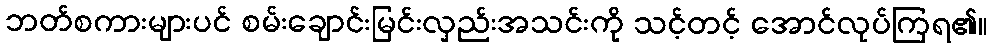
ဘတ်စကားများပင် စမ်းချောင်းမြင်းလှည်းအသင်းကို သင့်တင့် အောင်လုပ်ကြရ၏။